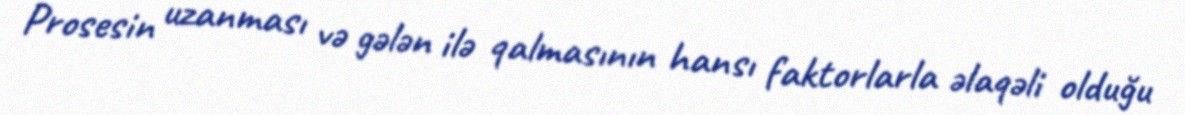
Prosesin uzanması və gələn ilə qalmasının hansı faktorlarla əlaqəli olduğu